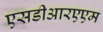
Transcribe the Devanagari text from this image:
एसडीआरएएम